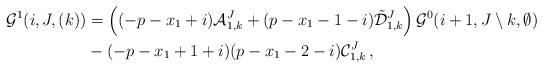
LaTeX: \begin{align*} \mathcal{G}^{1}(i,J,(k) ) & = \left( (-p-x_1+i){\mathcal{A}}_{1,k}^{J}+(p-x_1-1-i)\tilde{\mathcal{D}}_{1,k}^{J }\right) \mathcal{G}^{0}(i+1,J\setminus k ,\emptyset)\\ &-(-p-x_1+1+i)(p-x_1-2-i)\mathcal{C}_{1,k}^{J }\,, \end{align*}